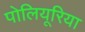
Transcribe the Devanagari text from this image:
पोलियूरिया